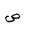
Letter: _sad